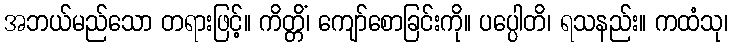
အဘယ်မည်သော တရားဖြင့်။ ကိတ္တိံ၊ ကျော်စောခြင်းကို။ ပပ္ပေါတိ၊ ရသနည်း။ ကထံသု၊